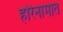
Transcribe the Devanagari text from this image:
हरिनामात